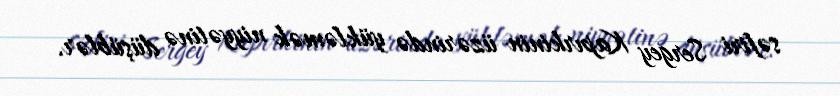
səfiri Sergey Kapırkinin üzərində yükləmək niyyətinə düşüblər.